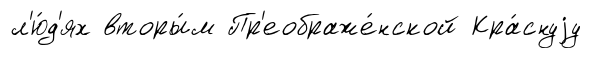
л'ю́д'ях вторы́м Пр'еображе́нской Кра́снуjу